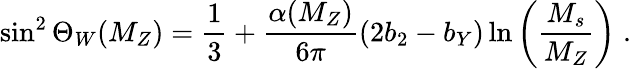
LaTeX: \sin^{2}\Theta_{W}(M_{Z})=\frac{1}{3}+\frac{\alpha(M_{Z})}{6\pi}(2b_{2}-b_{Y})\ln\left(\frac{M_{s}}{M_{Z}}\right)\; .